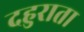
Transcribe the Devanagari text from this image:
दहुराता